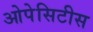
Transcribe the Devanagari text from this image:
ओपेसिटीस